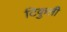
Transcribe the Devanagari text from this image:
टिकुली